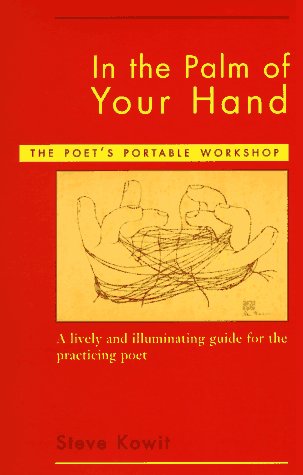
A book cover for In the Palm of Your Hand: The Poet's Portable Workshop; Steve Kowit; Reference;